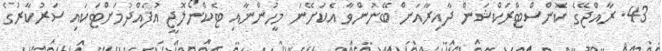
43. ރާއްޖޭގެ ކޮންސްޓްރަކްޝަން ދާއިރާއަށް ބޭނުންވާ އެކަށޭނަ މީހުންނާއި ޓެކްނޯލޮޖީ އުފެއްދުމަށްޓަކައި ސަރުކާރުގެ